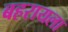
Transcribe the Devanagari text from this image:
बहरायला